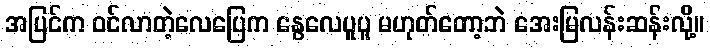
အပြင်က ဝင်လာတဲ့လေပြေက နွေလေပူပူ မဟုတ်တော့ဘဲ အေးမြလန်းဆန်းလို့။